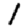
Digit: 1